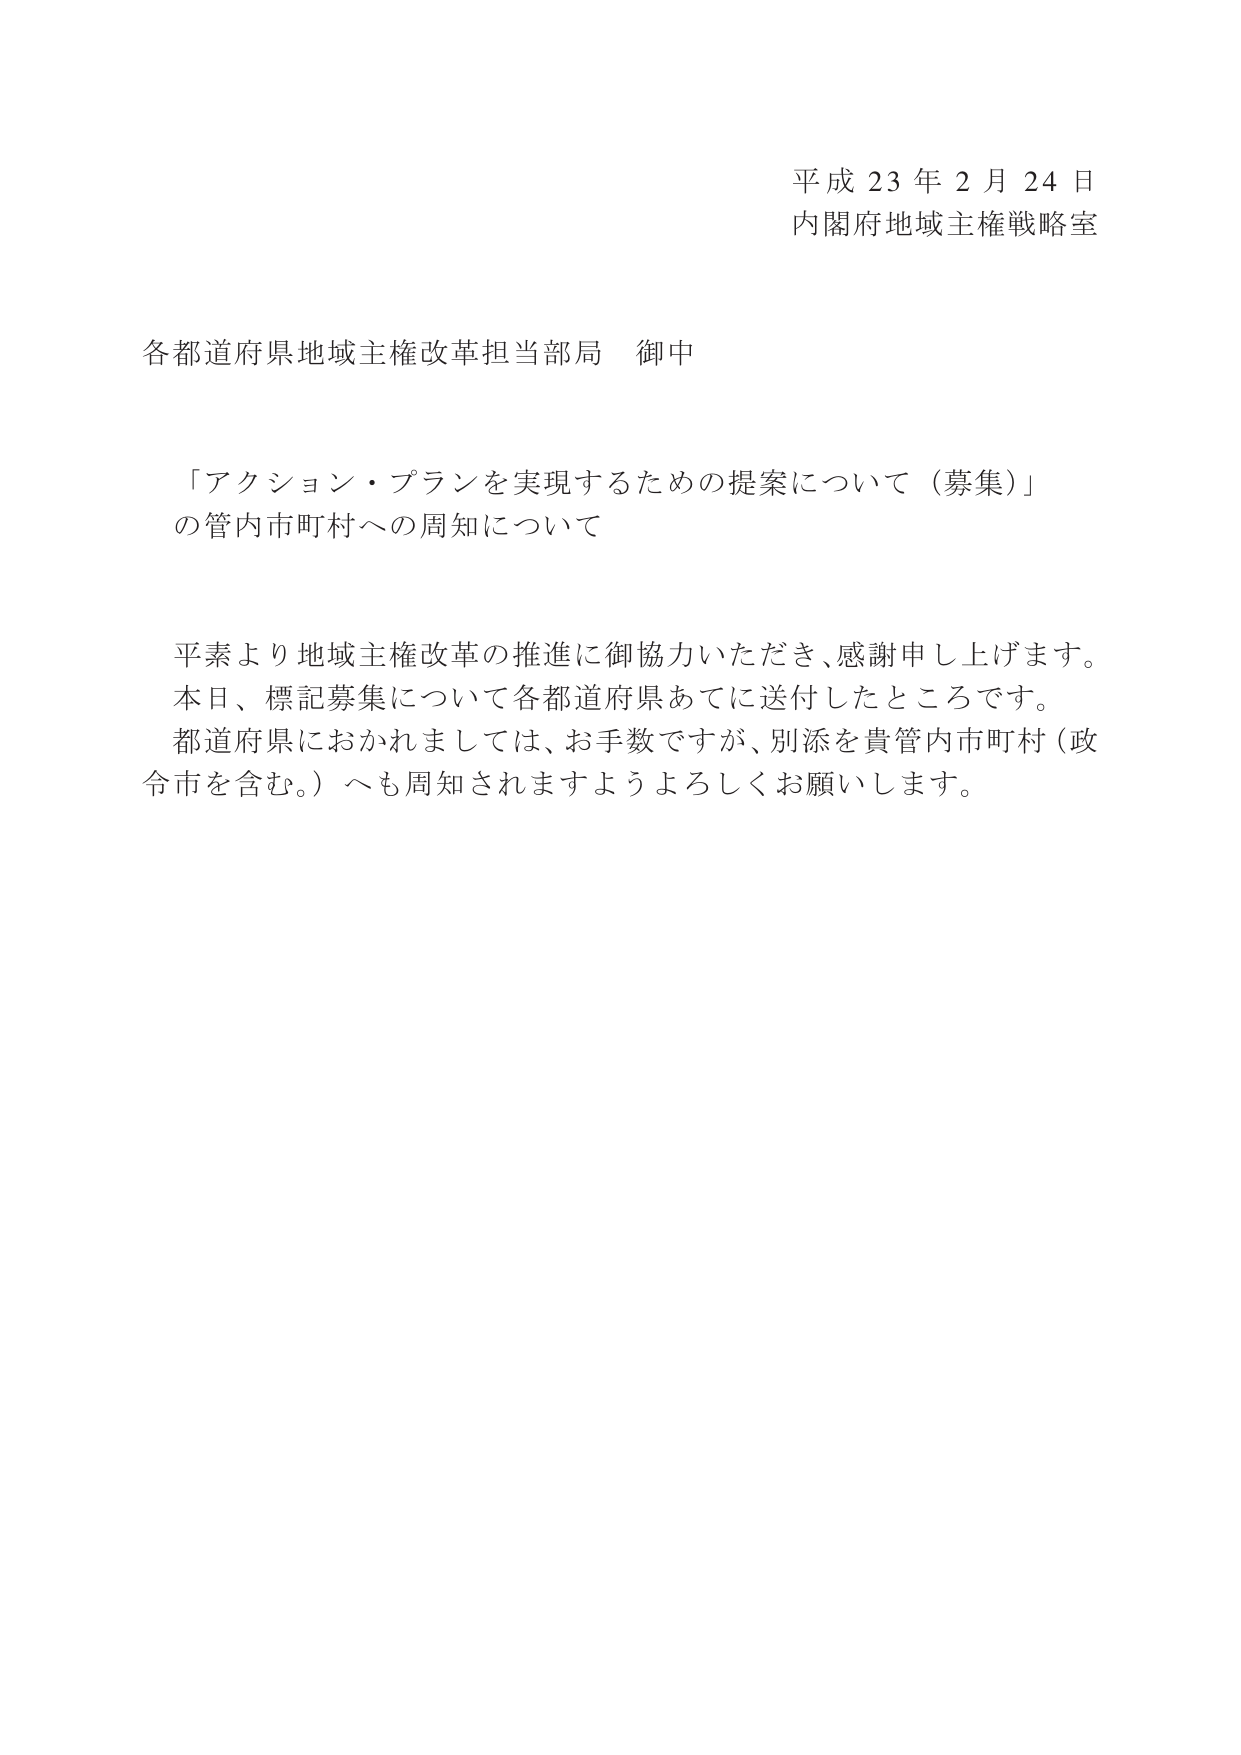
平成23年2月24日
内閣府地域主権戦略室

各都道府県地域主権改革担当部局 御中

「アクション・プランを実現するための提案について（募集）」
の管内市町村への周知について

平素より地域主権改革の推進に御協力いただき、感謝申し上げます。
本日、標記募集について各都道府県あてに送付したところです。
都道府県におかれましては、お手数ですが、別添を貴管内市町村（政令市を含む。）へも周知されますようよろしくお願いします。